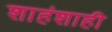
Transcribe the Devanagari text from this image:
शाहंशाही